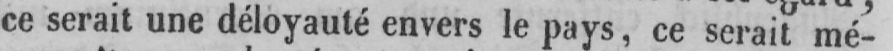
ce serait une déloyauté envers le pays, ce serait mé-